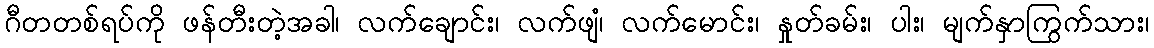
ဂီတတစ်ရပ်ကို ဖန်တီးတဲ့အခါ၊ လက်ချောင်း၊ လက်ဖျံ၊ လက်မောင်း၊ နှုတ်ခမ်း၊ ပါး၊ မျက်နှာကြွက်သား၊